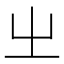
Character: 㞢